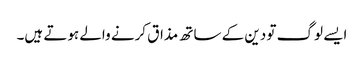
ایسے لوگ تو دین کے ساتھ مذاق کرنے والے ہوتے ہیں۔